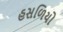
હસળિયો